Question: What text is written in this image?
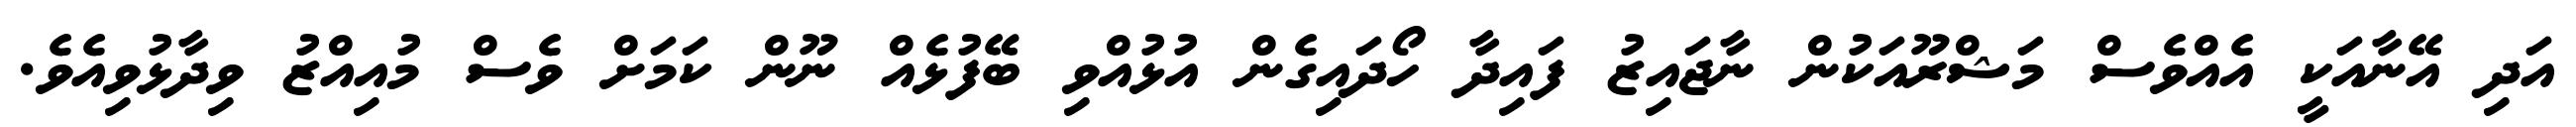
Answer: އަދި އޭނާއަކީ އެއްވެސް މަޝްރޫއަކުން ނާޖައިޒު ފައިދާ ހޯދައިގެން އުޅުއްވި ބޭފުޅެއް ނޫން ކަމަށް ވެސް މުއިއްޒު ވިދާޅުވިއެވެ.